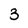
Character: 3